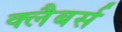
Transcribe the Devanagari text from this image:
क्लैबर्स